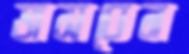
ভাসবেন